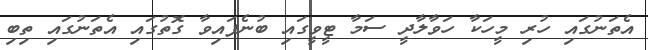
އެތަނުގައި ހުރި މީހަކާ ހަވާލާދީ ސަމާ ޓީވީގައި ބުނެފައިވާ ގޮތުގައި އެތަނުގައި ތިބި